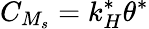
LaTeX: C_{M_{s}}=k_{H}^{*}\theta^{*}